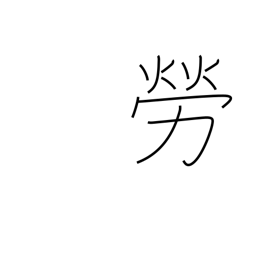
Meaning: thank for